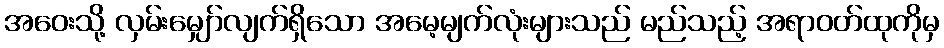
အဝေးသို့ လှမ်းမျှော်လျက်ရှိသော အမေ့မျက်လုံးများသည် မည်သည့် အရာဝတ်ထုကိုမှ